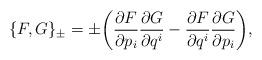
LaTeX: \begin{align*} \{ F , G \} _\pm = \pm \biggl( \frac{ \partial F }{ \partial p _i } \frac{ \partial G }{ \partial q ^i } - \frac{ \partial F }{ \partial q ^i } \frac{ \partial G }{ \partial p _i } \biggr), \end{align*}